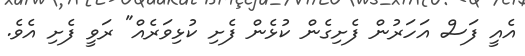
އެއީ ފަސް އަހަރުން ފެށިގެން ކުޅެން ފެށި ކުޅިވަރެއް" ރަވީ ފެށި އެވެ.